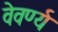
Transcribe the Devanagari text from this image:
वेवर्ण्य